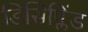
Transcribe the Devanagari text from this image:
डिसिप्लिंड